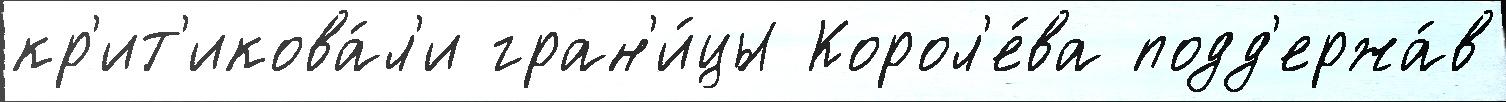
кр'ит'икова́л'и гран'и́цы Корол'е́ва подд'ержа́в